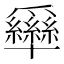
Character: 𰠊